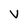
Character: V